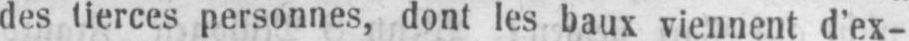
des tierces personnes, dont les baux viennent d’ex-